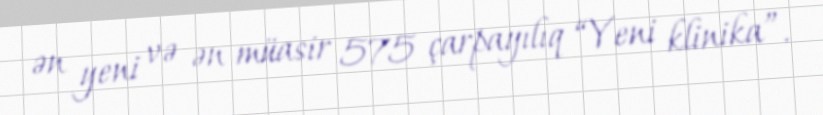
ən yeni və ən müasir 575 çarpayılıq “Yeni klinika”.